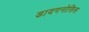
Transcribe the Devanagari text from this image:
डायगनोसिस